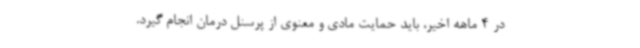
در 4 ماهه اخیر، باید حمایت مادی و معنوی از پرسنل درمان انجام گیرد.